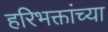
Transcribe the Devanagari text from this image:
हरिभक्तांच्या